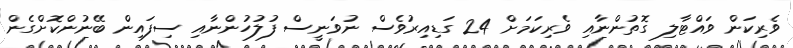
ވެރިކަން ވައްޓާލި ގޮތުންނާއި ވެރިކަމަށް 24 ގަޑިއިރުވެސް ނުވަނީސް ފުލުހުންނާއި ސިފައިން ބޭނުންކޮށްގެން